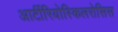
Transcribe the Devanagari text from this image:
आर्टीरियोस्किलरोसिस